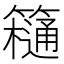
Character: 𥶥